Plague in India, 1896, 1897 - Volume 1
Year: 1896
Disease focus: Plague
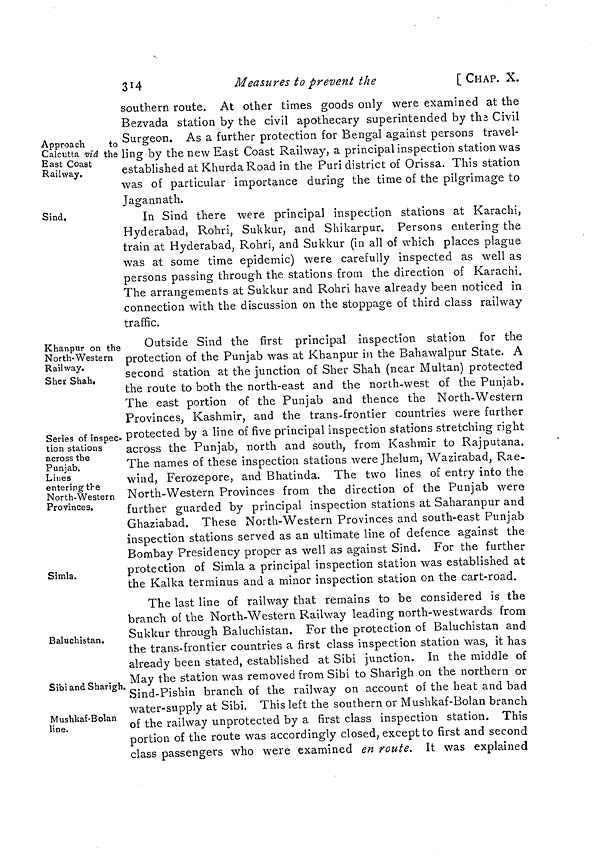
314
Measures to prevent the
[ CHAP. X.
Approach
to
Calcutta viâ the
East Coast
Railway.
southern route. At other times goods only were examined at the
Bezvada station by the civil apothecary superintended by the Civil
Surgeon. As a further protection for Bengal against persons travel-
ling by the new East Coast Railway, a principal inspection station was
established at Khurda Road in the Puri district of Orissa. This station
was of particular importance during the time of the pilgrimage to
Jagannath.
Sind.
In Sind there were principal inspection stations at Karachi,
Hyderabad, Rohri, Sukkur, and Shikarpur, Persons entering the
train at Hyderabad, Rohri, and Sukkur (in all of which places plague
was at some time epidemic) were carefully inspected as well as
persons passing through the stations from the direction of Karachi.
The arrangements at Sukkur and Rohri have, already been noticed in
connection with the discussion on the stoppage of third class railway
traffic.
Khanpur on the
North-Western
Railway.
Sher Shah.
Series of inspec-
tion stations
across the
Punjab.
Lines
entering the
North-Western
Provinces.
Simla.
Outside Sind the first principal inspection station for the
protection of the Punjab was at Khanpur in the Bahawalpur State. A
second station at the junction of Sher Shah (near Multan) protected
the route to both the north-east and the north-west of the Punjab.
The east portion of the Punjab and thence the North-Western
Provinces, Kashmir, and the trans-frontier countries were further
, protected by a line of five principal inspection stations stretching right
across the Punjab, north and south, from Kashmir to Rajputana.
The names of these inspection stations were Jhelum, Wazirabad, Rae-
wind, Ferozepore, and Bhatinda. The two lines of entry into the
North-Western Provinces from the direction of the Punjab were
further guarded by principal inspection stations at Saharanpur and
Ghaziabad. These North-Western Provinces and south-east Punjab
inspection stations served as an ultimate line of defence against the
Bombay Presidency proper as well as against Sind. For the further
protection of Simla a principal inspection station was established at
the Kalka terminus and a minor inspection station on the cart-road.
Baluchistan.
Sibi and Sharigh.
Mushkaf-Bolan
line.
The last line of railway that remains to be considered is the
branch of the North-Western Railway leading north-westwards from
Sukkur through Baluchistan. For the protection of Baluchistan and
the trans-frontier countries a first class inspection station was, it has
already been stated, established at Sibi junction. In the middle of
May the station was removed from Sibi to Sharigh on the northern or
Sind-Pishin branch of the railway on account of the heat and bad
water-supply at Sibi. This left the southern or Mushkaf-Bolan branch
of the railway unprotected by a first class inspection station. This
portion of the route was accordingly closed, except to first and second
class passengers who were examined en route. It was explained